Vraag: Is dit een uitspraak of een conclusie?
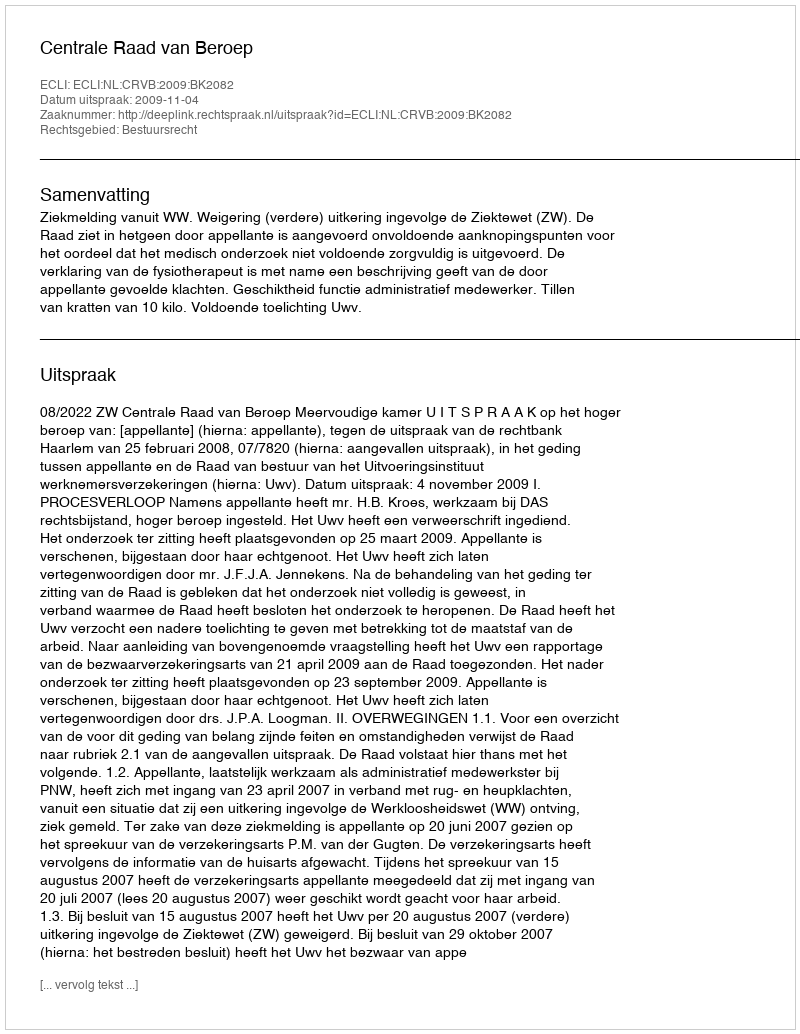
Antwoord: Uitspraak